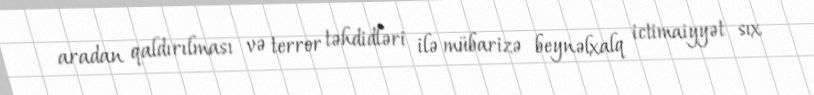
aradan qaldırılması və terror təhdidləri ilə mübarizə beynəlxalq ictimaiyyət sıx